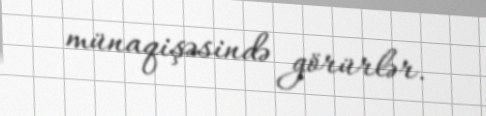
münaqişəsində görürlər.